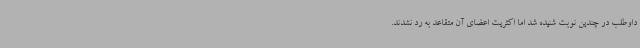
داوطلب در چندین نوبت شنیده شد اما اکثریت اعضای آن متقاعد به رد نشدند.